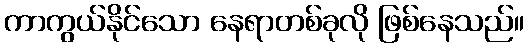
ကာကွယ်နိုင်သော နေရာတစ်ခုလို ဖြစ်နေသည်။